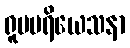
ရူပပရိယေသနာ